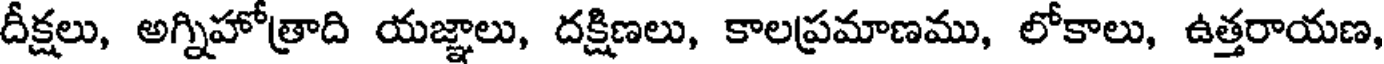
దీక్షలు, అగ్నిహోత్రాది యజ్ఞాలు, దక్షిణలు, కాలప్రమాణము, లోకాలు, ఉత్తరాయణ,